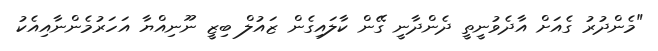
"މެންދުރު ގެއަށް އާދެވުނީތީ ދެންދާނީ ގޭން ކާލައިގެން ޒައުލް ބިޒީ ނޫނިއްޔާ އަހަރުމެންނާއިއެކު